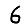
Digit: 6